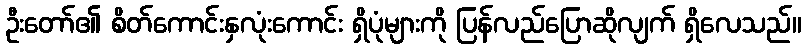
ဦးတော်၏ စိတ်ကောင်းနှလုံးကောင်း ရှိပုံများကို ပြန်လည်ပြောဆိုလျက် ရှိလေသည်။